Lunatic asylums Punjab 1881-1894 - 1881-1894
Year: 1881
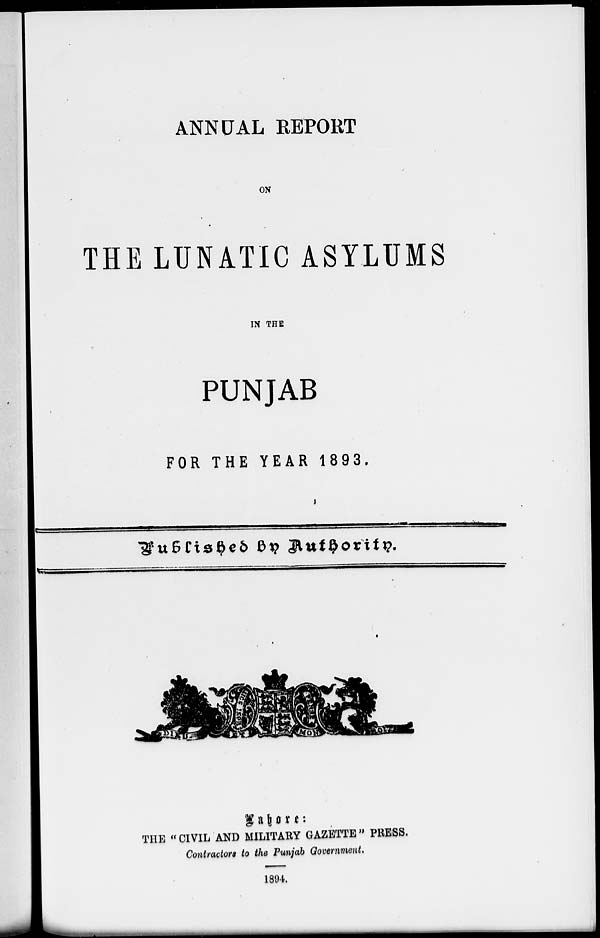
ANNUAL REPORT
ON
THE LUNATIC ASYLUMS
IN THE
PUNJAB
FOR THE YEAR 1893.
Published
by
Authority.
Lahore :
THE " CIVIL AND MILITARY GAZETTE '' PRESS.
Contractors to the Punjab Government.
1894.